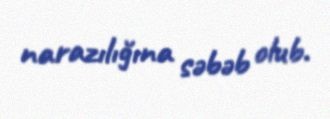
narazılığına səbəb olub.